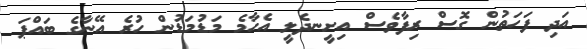
އަދި ފަހަތުން ގޮސް ރިފާވެސް އިށީނދެލީ އެހާމެ މަޑުމަޑުން ހުރެ އޭނާގެ ބައްޕަ